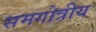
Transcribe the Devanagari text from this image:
समगोत्रीय